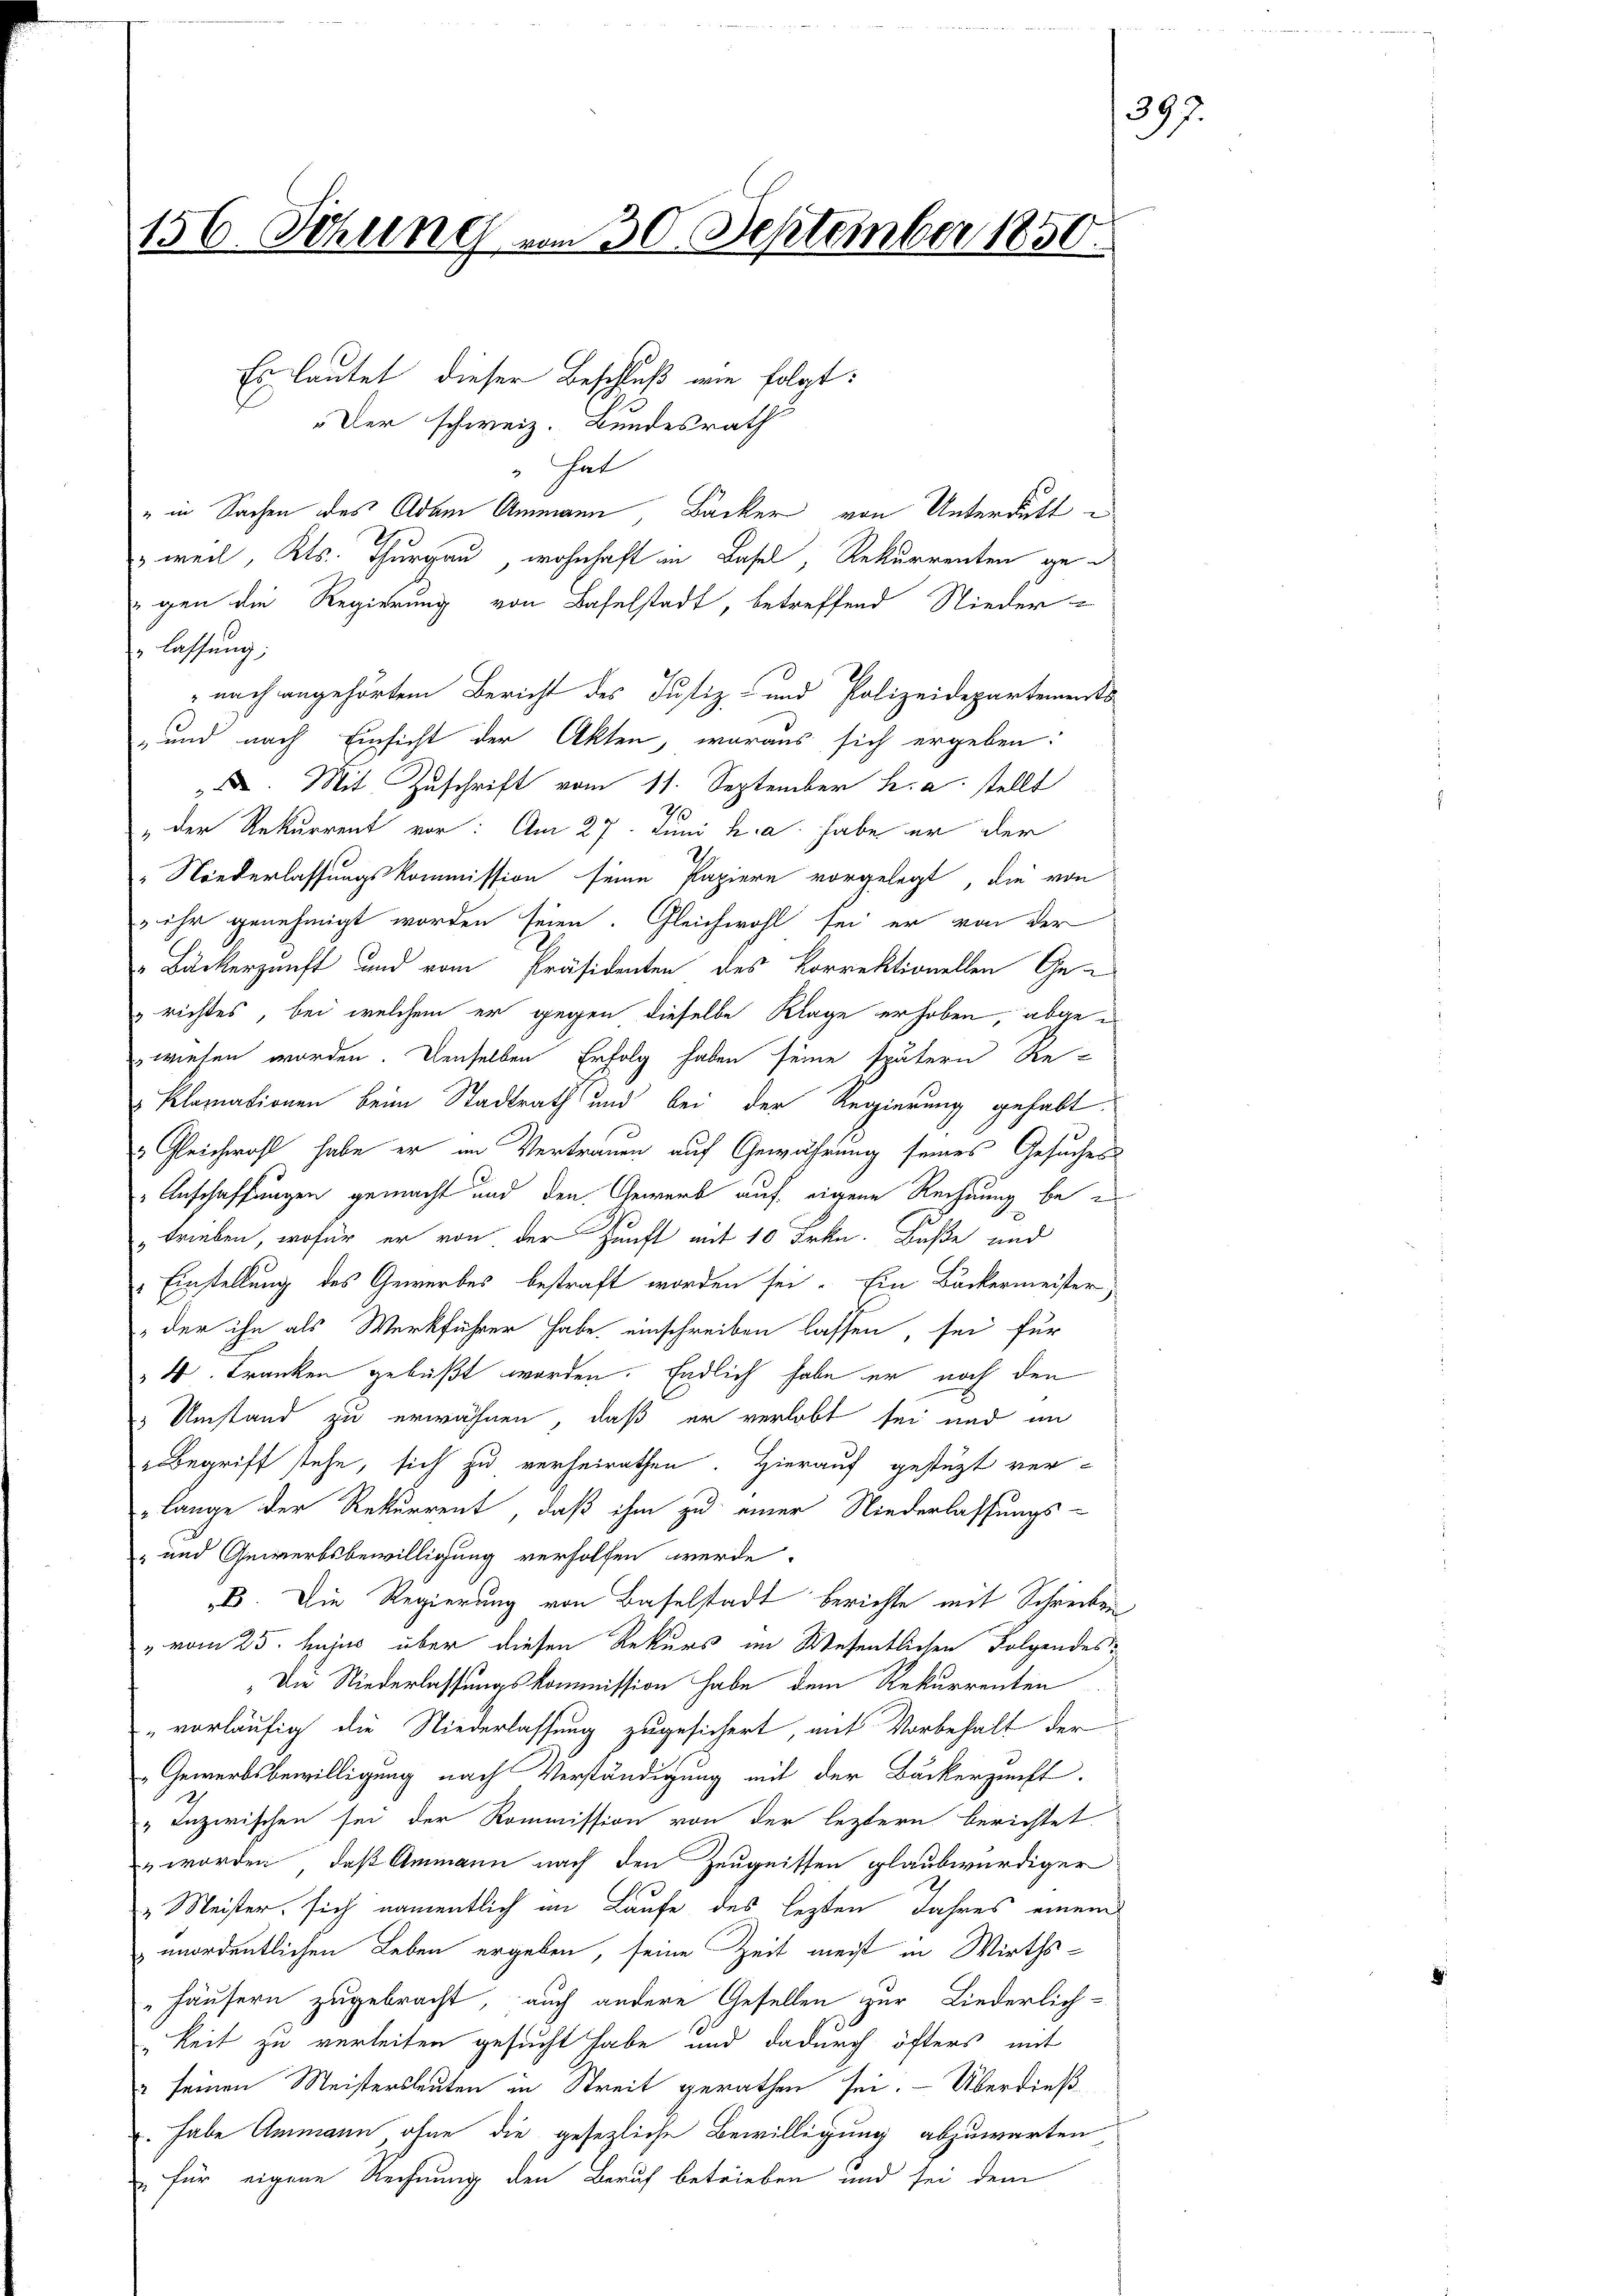
156. Sitzung vom 30. September 1850.

Es lautet dieser Beschluß wie folgt:
"Der schweiz. Bundesrath
" hat
" in Sachen des Adam Ammann Bäcker von Unterdikt
" weil, Kts. Thurgau, wohnhaft in Basel, Rekurrenten ge
egen die Regierung von Baselstadt, betreffend Nieder-
" lassung;
 noch angehörtem Bericht des Justiz- und Polizeidepartements
„und nach Einsicht der Akten, woraus sich ergeben:
. Mit Zuschrift vom 11. September h. a. stellt
" Der Rekurrent vor: Am 27. Juni h. a. habe er der
„Niederlassungskommission seine Papiere vorgelegt, die von
 ihr genehmigt worden seien. Gleichwohl sei er von der
Buckerzunft und vom Präsidenten des korrektionellen Ge¬
 richtes, bei welchem er gegen dieselbe Klage erhoben, abge
wiesen worden. Denselben Erfolg haben seine spätern Re-
Klomationen beim Stadtrath und bei der Regierung gehabt
 Gleichwohl habe er in Vertrauen auf Gewährung seines Gesuches
Anschaffungen gemacht und den Gewerb auf eigene Rechnung bee
trieben, wofür er von der Zunft mit 10 Frkn. Baße und
Einstellung des Gewerbes bestraft worden sei. Ein Backermeister,
„der ihn als Werkführer habe einschreiben lassen, sei für
4. Franken gebüßt worden. Endlich habe er noch den
 Umstand zu erwähnen, daß er verlobt sei und im
begriff stehe, sich zu verheirathen. Hierauf gestüzt ver-
lange der Rekurrent, daß ihm zu einer Niederlassungs-
- und Gewerbsbewilligung verholfen werde.
B. Die Regierung von Baselstadt berichte mit Schreiben,
" vom 25. hujus über diesen Rekurs im Wesentlichen Folgendes¬
Die Niederlassungskommission habe dem Rekurrenten
" vorläufig die Niederlassung zugesichert, mit Vorbehalt der
„Gewerbsbewilligung nach Verständigung mit der Backerzeicht.
 Inzwischen sei der Kommission von der leztern berichtet
" worden, daß Ammann nach den Zeugnissen glaubwürdiger
„Meister, sich namentlich im Laufe des lezten Jahres einem
unordentlichen Leben ergeben, seine Zeit meist in Wirths¬
„Häusern zugebracht, auch andere Gesellen zur Liederlich-
„keit zu verleiten gesucht habe und dadurch öfters mit
2 seinen Meistersleuten in Streit gerathen sei. - Überdieß¬
. habe Ammann ohne die gesezliche Bewilligung abzuwarten
 für eigene Rechnung den Beruf betrieben und sei dem

397.